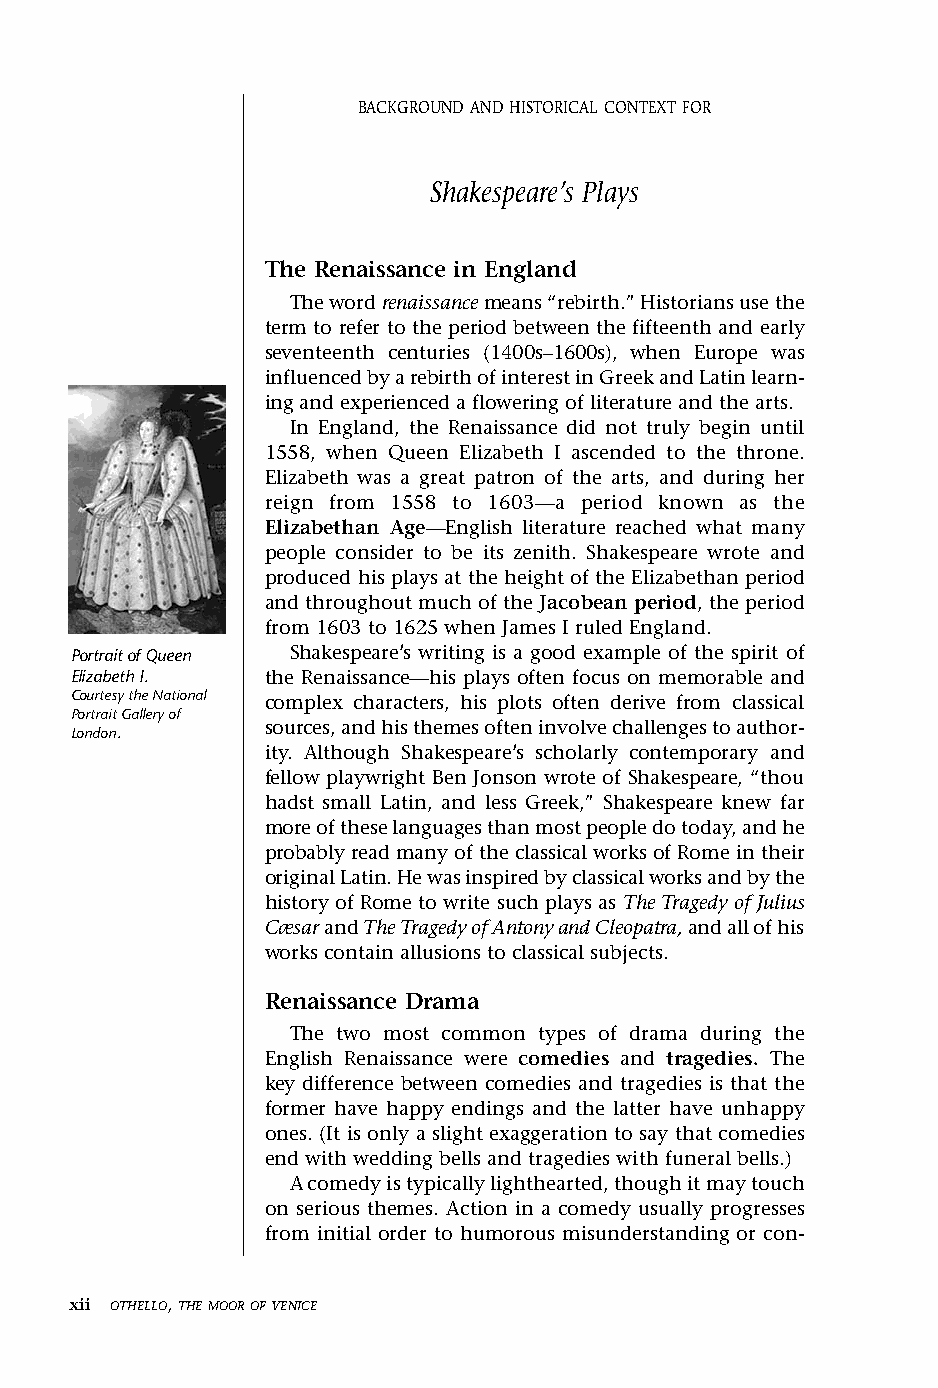
Othello FM.qxd 1/14/05 9:25 AM Page xii
 BACKGROUNDANDHISTORICALCONTEXTFOR
 Shakespeare’s Plays
 The Renaissance in England
 The word renaissance means “rebirth.” Historians use the
 term to refer to the period between the fifteenth and early
 seventeenth centuries (1400s–1600s), when Europe was
 influenced by a rebirth of interest in Greek and Latin learn-
 ing and experienced a flowering of literature and the arts.
 In England, the Renaissance did not truly begin until
 1558, when Queen Elizabeth I ascended to the throne.
 Elizabeth was a great patron of the arts, and during her
 reign from 1558 to 1603—a period known as the
 Elizabethan Age—English literature reached what many
 people consider to be its zenith. Shakespeare wrote and
 produced his plays at the height of the Elizabethan period
 and throughout much of the Jacobean period, the period
 from 1603 to 1625 when James I ruled England.
 Portrait of Queen Shakespeare’s writing is a good example of the spirit of
 Elizabeth I. the Renaissance—his plays often focus on memorable and
 Courtesy the National complex characters, his plots often derive from classical
 Portrait Gallery of
 sources, and his themes often involve challenges to author-
 London.
 ity. Although Shakespeare’s scholarly contemporary and
 fellow playwright Ben Jonson wrote of Shakespeare, “thou
 hadst small Latin, and less Greek,” Shakespeare knew far
 more of these languages than most people do today, and he
 probably read many of the classical works of Rome in their
 original Latin. He was inspired by classical works and by the
 history of Rome to write such plays as The Tragedy of Julius
 Cæsar and The Tragedy of Antony and Cleopatra, and all of his
 works contain allusions to classical subjects.
 Renaissance Drama
 The two most common types of drama during the
 English Renaissance were comedies and tragedies. The
 key difference between comedies and tragedies is that the
 former have happy endings and the latter have unhappy
 ones. (It is only a slight exaggeration to say that comedies
 end with wedding bells and tragedies with funeral bells.)
 A comedy is typically lighthearted, though it may touch
 on serious themes. Action in a comedy usually progresses
 from initial order to humorous misunderstanding or con-
 xii OTHELLO, THEMOOROFVENICE